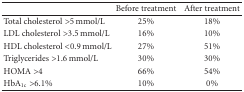
<table><thead><tr><td></td><td><b>Before treatment</b></td><td><b>After treatment</b></td></tr></thead><tbody><tr><td>Total cholesterol &gt;5 mmol/L</td><td>25%</td><td>18%</td></tr><tr><td>LDL cholesterol &gt;3.5 mmol/L</td><td>16%</td><td>10%</td></tr><tr><td>HDL cholesterol &lt;0.9 mmol/L</td><td>27%</td><td>51%</td></tr><tr><td>Triglycerides &gt;1.6 mmol/L</td><td>30%</td><td>30%</td></tr><tr><td>HOMA &gt;4</td><td>66%</td><td>54%</td></tr><tr><td>HbA<sub>1c</sub> &gt;6.1%</td><td>10%</td><td>0%</td></tr></tbody></table>